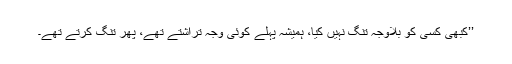
’’کبھی کسی کو بلاوجہ تنگ نہیں کیا، ہمیشہ پہلے کوئی وجہ تراشتے تھے، پھر تنگ کرتے تھے۔